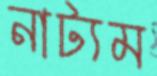
নাট্যম